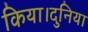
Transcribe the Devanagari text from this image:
किया।दुनिया